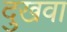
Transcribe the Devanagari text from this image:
दुखवा